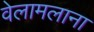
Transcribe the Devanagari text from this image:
वेलामलाना